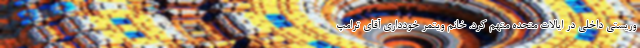
وریستی داخلی در ایالات متحده متهم کرد. خانم ویتمر خودداری آقای ترامپ